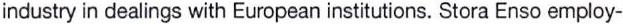
industry in dealings with European institutions. Stora Enso employ-